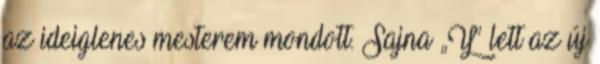
az ideiglenes mesterem mondott. Sajna „Y” lett az új